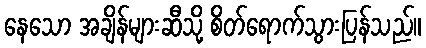
နေသော အချိန်များဆီသို့ စိတ်ရောက်သွားပြန်သည်။